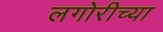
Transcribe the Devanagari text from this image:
लगोरीच्या